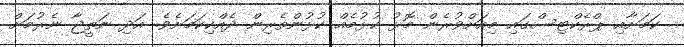
ކަމަށާއި ޕްރެކްޓިސްގައި މިއަށްވުރެން މޮޅު ކުޅުމެއް ކުޅުންތެރިން ދެއްކިކަމަށެވެ. އަދި ނަތީޖާ ނެރުމަށް